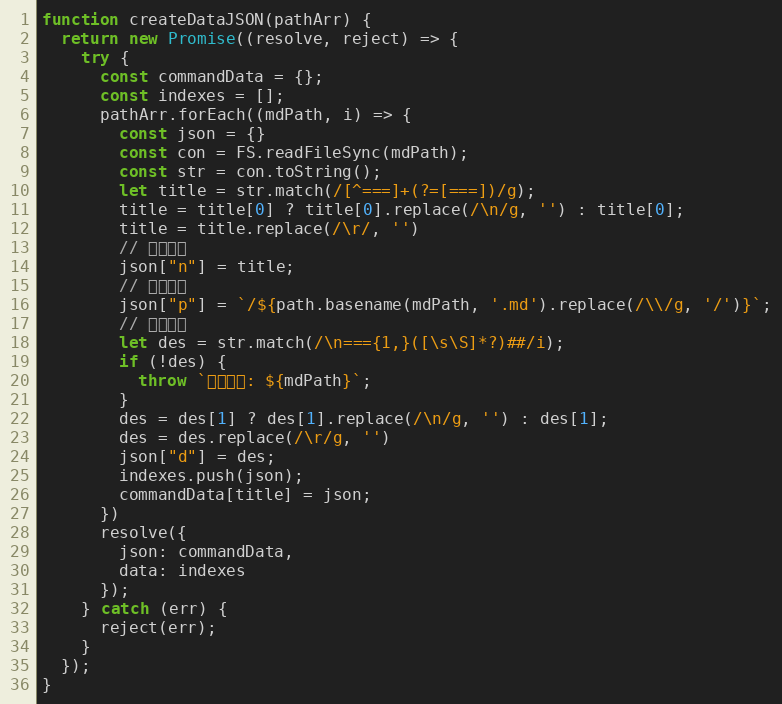
Language: JavaScript
function createDataJSON(pathArr) {
  return new Promise((resolve, reject) => {
    try {
      const commandData = {};
      const indexes = [];
      pathArr.forEach((mdPath, i) => {
        const json = {}
        const con = FS.readFileSync(mdPath);
        const str = con.toString();
        let title = str.match(/[^===]+(?=[===])/g);
        title = title[0] ? title[0].replace(/\n/g, '') : title[0];
        title = title.replace(/\r/, '')
        // 命令名称
        json["n"] = title;
        // 命令路径
        json["p"] = `/${path.basename(mdPath, '.md').replace(/\\/g, '/')}`;
        // 命令描述
        let des = str.match(/\n==={1,}([\s\S]*?)##/i);
        if (!des) {
          throw `格式错误: ${mdPath}`;
        }
        des = des[1] ? des[1].replace(/\n/g, '') : des[1];
        des = des.replace(/\r/g, '')
        json["d"] = des;
        indexes.push(json);
        commandData[title] = json;
      })
      resolve({
        json: commandData,
        data: indexes
      });
    } catch (err) {
      reject(err);
    }
  });
}